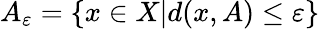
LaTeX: A_{\varepsilon}=\{ x\in X|d(x,A)\leq\varepsilon\}